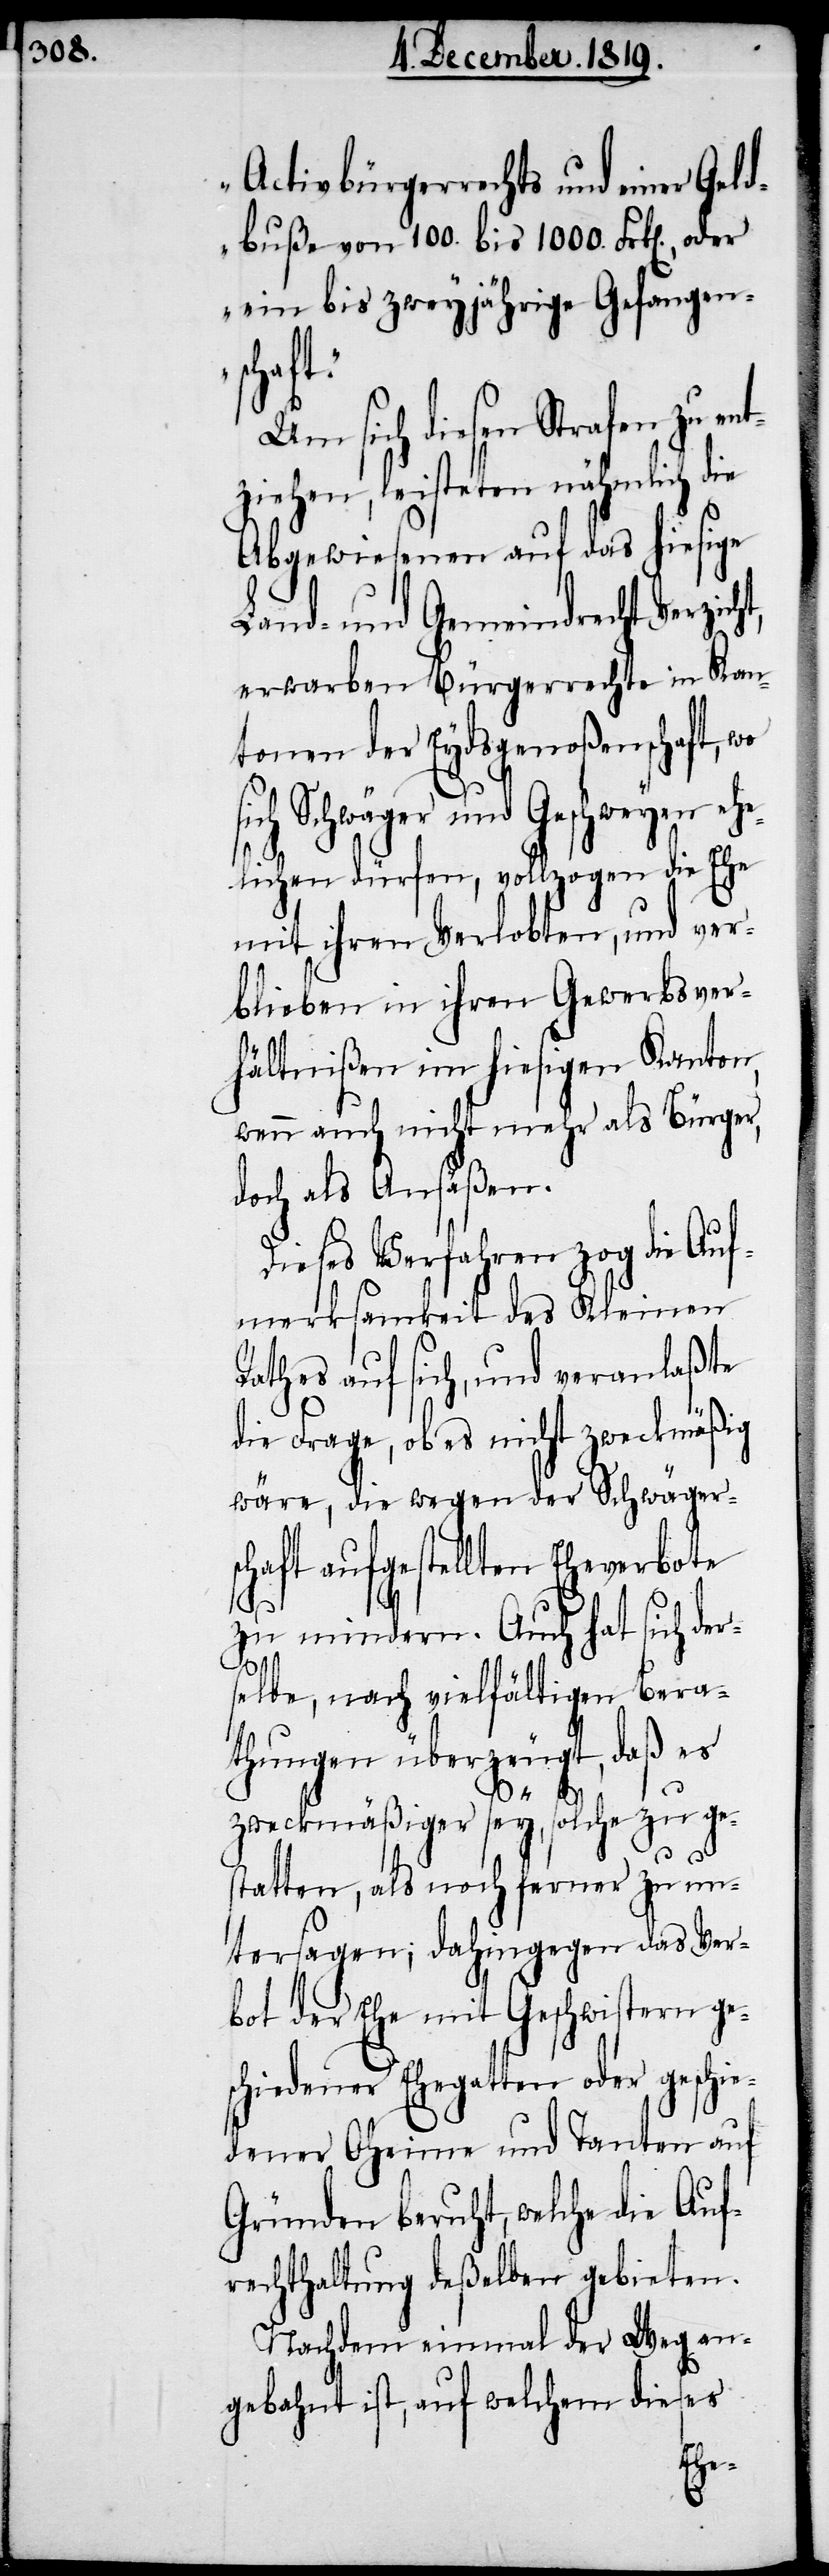
Activbürgerrechts und einer Geld¬
buße von 100. bis 1000. Frk[en].,
ein bis zweyjährige Gefangen¬
schaf¬
Um sich diesen Strafen zu ent¬
ziehen, leisteten nähmlich die
Abgewiesenen auf das hiesige
Land- und Gemeindrecht Verzicht,
erwarben Bürgerrechte in Kan¬
tonen der Eydsgenoßenschaft, wo
ich Schwäger und Geschweyen ehe¬
lichen dürfen, vollzogen die Ehe
mit ihren Verlobten, und ver¬
blieben in ihren Gewerbsver¬
hältnißen im hiesigen Kanton,
wenn auch nicht mehr als Bürger,
doch als Ansäßen.
Dieses Verfahren zog die Auf¬
merksamkeit des Kleinen
Rathes auf sich, und veranlaßte
die Frage, ob es nicht zweckmäßig
wäre, die wegen der Schwägers¬
chaft aufgestellten Eheverbote
zu mindern. Auch hat sich der¬
selbe, nach vielfältigen Bera¬
thungen überzeugt, daß es
t.“
zweckmäßiger sey, solche zu ge¬
statten, als noch ferner zu un¬
tersagen; dahingegen das Ver¬
bot der Ehe mit Geschwistern ge¬
schiedener Ehegatten oder geschi¬
edener Oheime und Tanten auf
Gründen beruht, welche die Auf¬
rechthaltung deßelben gebieten.
Nachdem einmal der Weg an¬
gebahnt ist, auf welchem dieses
s¬